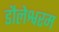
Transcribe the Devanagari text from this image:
डौलेश्वरम